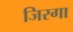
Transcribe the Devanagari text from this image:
जिरगा